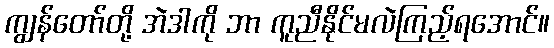
ကျွန်တော်တို့ အဲဒါကို ဘာ ကူညီနိုင်မလဲကြည့်ရအောင်။